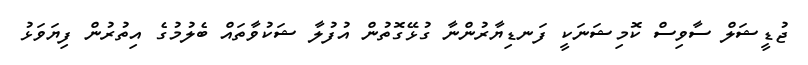
ޖުޑީޝަލް ސާވިސް ކޮމިޝަނަކީ ފަނޑިޔާރުންނާ ގުޅޭގޮތުން އުފުލާ ޝަކުވާތައް ބެލުމުގެ އިތުރުން ފިޔަވަޅު